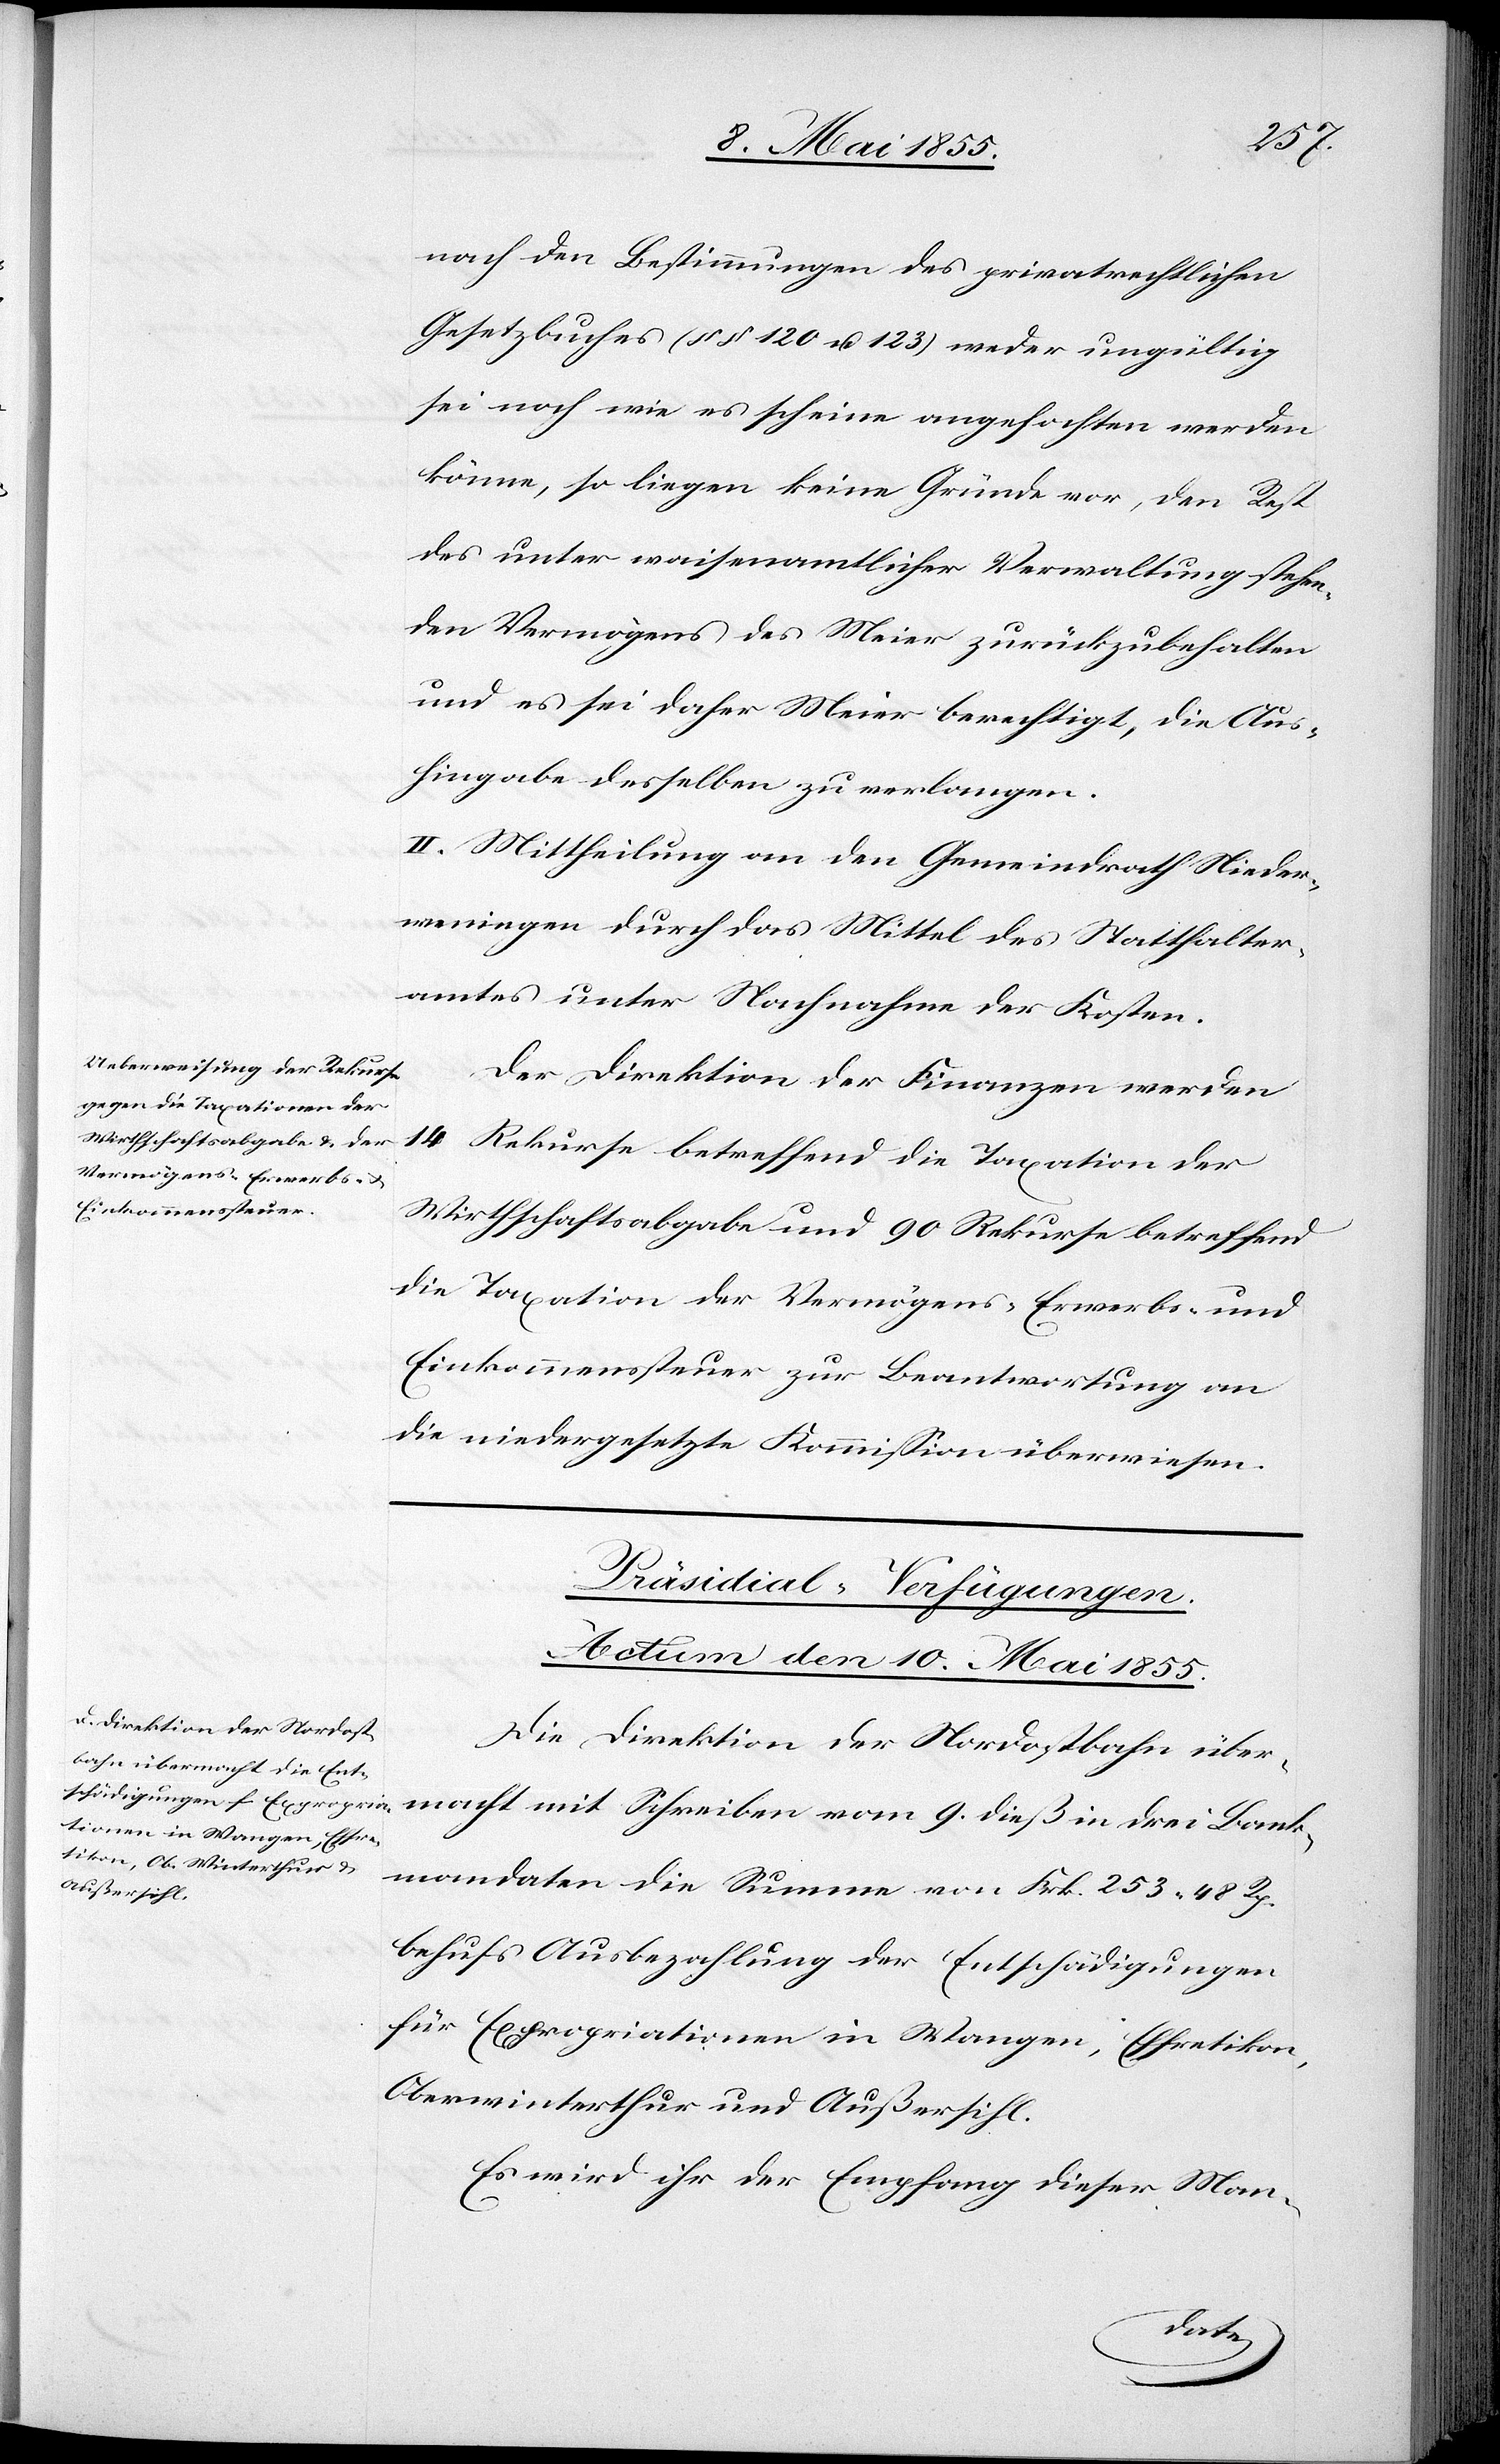
nach den Bestimmungen des privatrechtlichen
Gesetzbuches (§§ 120 u. 123) weder ungültig
sei noch wie es scheine angefochten werden
könne, so liegen keine Gründe vor, den Rest
des unter waisenamtlicher Verwaltung stehen¬
den Vermögens des Meier zurückzubehalten
und es sei daher Meier berechtigt, die Aus¬
hingabe desselben zu verlangen.
II. Mittheilung an den Gemeindrath Nieder¬
weningen durch das Mittel des Statthalter¬
amtes unter Nachnahme der Kosten.
Der Direktion der Finanzen werden
14 Rekurse betreffend die Taxation der
Wirthschaftsabgabe und 90 Rekurse betreffend
die Taxation der Vermögens-[,] Erwerbs- und
Einkommenssteuer zur Beantwortung an
die niedergesetzte Kommission überwiesen.
Präsidial-Verfügungen.
Actum den 10. Mai 1855.
Die Direktion der Nordostbahn über¬
macht mit Schreiben vom 9. dieß in drei Bank¬
mandaten die Summe von Frk. 253. 48 Rp.
behufs Ausbezahlung der Entschädigungen
für Expropriationen in Wangen, Effretikon,
Oberwinterthur und Außersihl.
Es wird ihr der Empfang dieser Man-